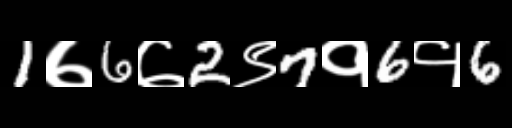
Text: 1७6७2९7१6१6